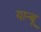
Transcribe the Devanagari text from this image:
यान्बू